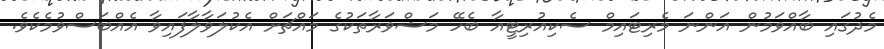
މެދުގައި ބާއްވަމުން އަންނަ މެރިޓައިމް ސެކިއުރިޓީއާ ބެހޭ މަޝްވަރާތަކުގެ މައްޗަށް އެކުލަވާލާފައިވާ އެއްބަސްވުމެކެވެ.